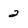
Character: 2